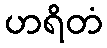
ဟရိတံ